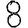
Digit: 8